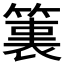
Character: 𮅶